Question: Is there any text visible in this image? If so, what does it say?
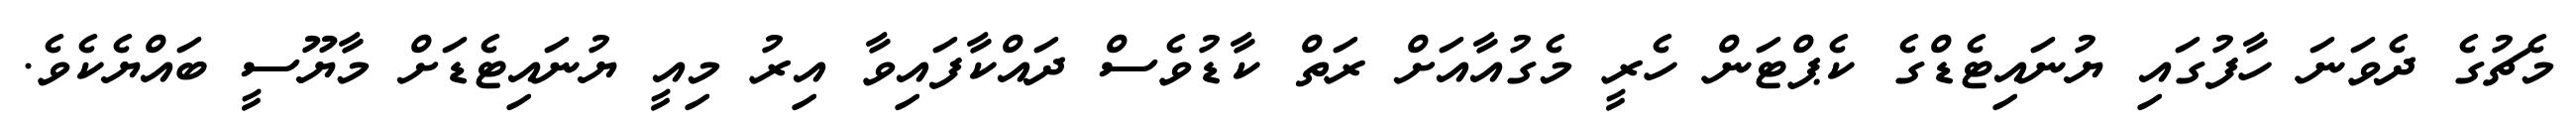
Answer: މެޗުގެ ދެވަނަ ހާފުގައި ޔުނައިޓެޑްގެ ކެޕްޓަން ހެރީ މެގުއާއަށް ރަތް ކާޑުވެސް ދައްކާފައިވާ އިރު މިއީ ޔުނައިޓެޑަށް މާޔޫސީ ބައްޔެކެވެ.